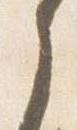
之